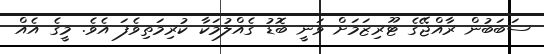
ސަބަބުން ރާއްޖޭގެ ޓޫރިޒަމަށް ވަނީ ބޮޑު ގެއްލުމަކާ ކުރިމަތިވެފަ އެވެ. މީގެ އެއް